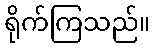
ရိုက်ကြသည်။